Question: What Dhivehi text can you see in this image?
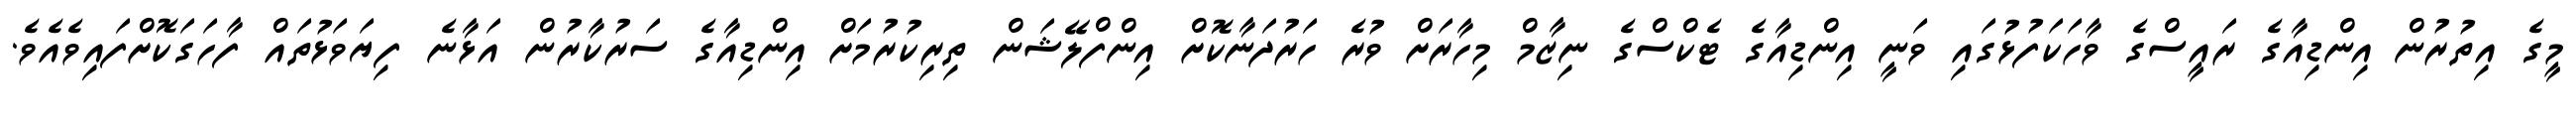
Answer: މީގެ އިތުރުން އިންޑިއާގެ ރައީސްގެ ވާހަކަފުޅުގައި ވަނީ އިންޑިއާގެ ޓެކްސްގެ ނިޒާމް މިހާރަށް ވުރެ ހަރުދަނާކޮށް އިންފްލޭޝަން ތިރިކުރުމަށް އިންޑިއާގެ ސަރުކާރުން އަޅާނެ ފިޔަވަޅުތައް ފާހަގަކޮށްފައިވެއެވެ.